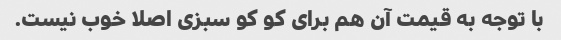
با توجه به قیمت آن هم برای کو کو سبزی اصلا خوب نیست.